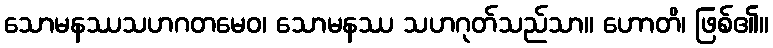
သောမနဿသဟဂတမေဝ၊ သောမနဿ သဟဂုတ်သည်သာ။ ဟောတိ၊ ဖြစ်၏။